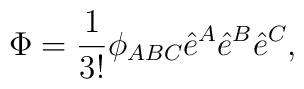
\Phi=\frac{1}{3!} \phi_{ABC} \hat{e}^A\hat{e}^B\hat{e}^C ,